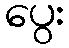
ပွေး